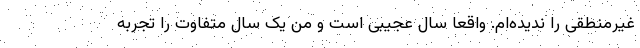
غیرمنطقی را ندیده‌ام. واقعا سال عجیبی است و من یک سال متفاوت را تجربه